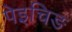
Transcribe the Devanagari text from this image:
पेइचिङ